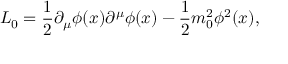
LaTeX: { \cal L } _ { 0 } = \frac { 1 } { 2 } \partial _ { \mu } \phi ( x ) \partial ^ { \mu } \phi ( x ) - \frac { 1 } { 2 } m _ { 0 } ^ { 2 } \phi ^ { 2 } ( x ) ,